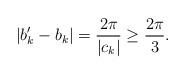
LaTeX: \begin{align*}\left|b_k'-b_k\right| =\frac{2\pi}{|c_k|}\geq \frac{2\pi}{3}.\end{align*}